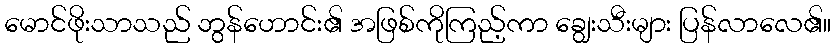
မောင်ဖိုးသာသည် ဘွန်ဟောင်း၏ အဖြစ်ကိုကြည့်ကာ ချွေးသီးများ ပြန်လာလေ၏။